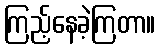
ကြည့်နေခဲ့ကြတာ။